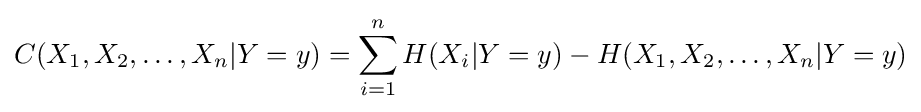
C(X_{1},X_{2},\ldots ,X_{n}|Y=y)=\sum _{i=1}^{n}H(X_{i}|Y=y)-H(X_{1},X_{2},\ldots ,X_{n}|Y=y)